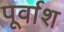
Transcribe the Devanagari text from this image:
पूर्वाश